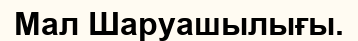
Мал Шаруашылығы.